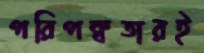
পরিপক্বতারই